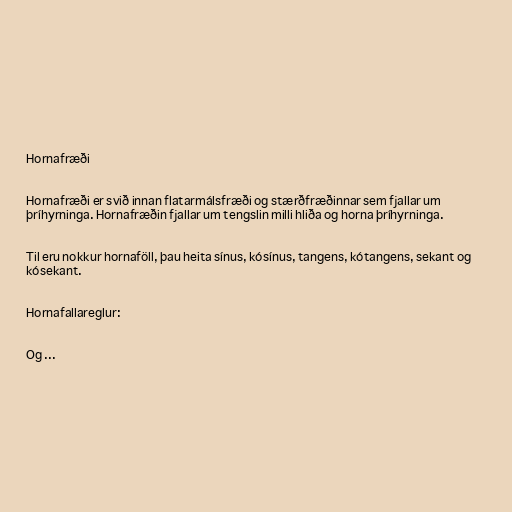
Hornafræði

Hornafræði er svið innan flatarmálsfræði og stærðfræðinnar sem fjallar um
þríhyrninga. Hornafræðin fjallar um tengslin milli hliða og horna þríhyrninga.

Til eru nokkur hornaföll, þau heita sínus, kósínus, tangens, kótangens, sekant og
kósekant.

Hornafallareglur:

Og ...